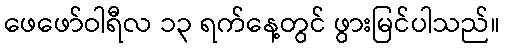
ဖေဖော်ဝါရီလ ၁၃ ရက်နေ့တွင် ဖွားမြင်ပါသည်။